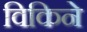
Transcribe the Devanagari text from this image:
विकिने